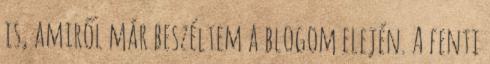
is, amiről már beszéltem a blogom elején. A fenti